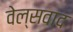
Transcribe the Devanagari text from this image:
वेल्सवाद